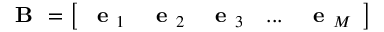
\textbf { B } = \left[ \begin{array} { l l l l l } { \textbf { e } _ { 1 } } & { \textbf { e } _ { 2 } } & { \textbf { e } _ { 3 } } & { . . . } & { \textbf { e } _ { M } } \end{array} \right]